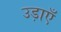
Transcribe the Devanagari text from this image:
उड़ाएँ